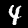
Label: 4